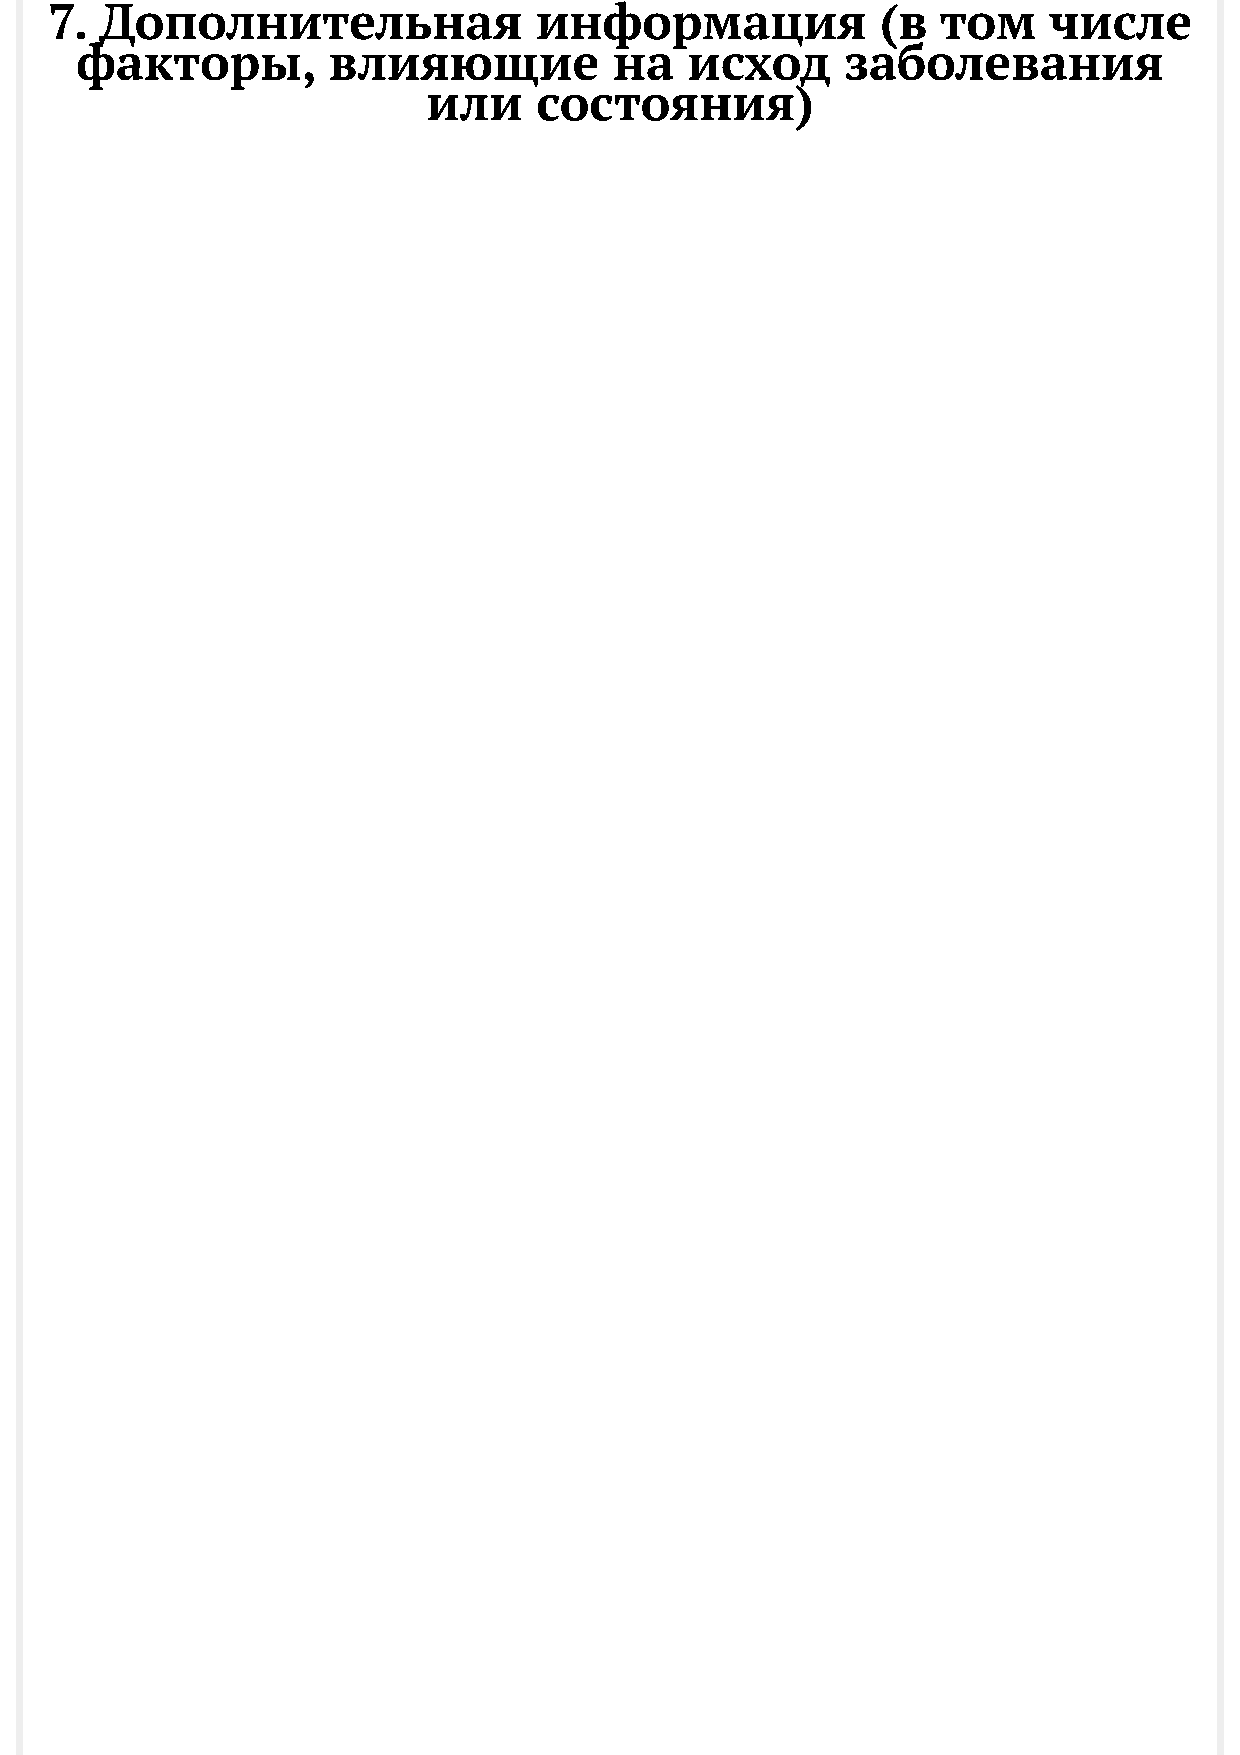
7.  Дополнительная              информация             (в  том    числе
 факторы,         влияющие           на  исход      заболевания
 или    состояния)